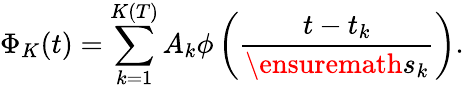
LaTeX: \Phi_{K}(t)=\sum_{k=1}^{K(T)}A_{k}\phi\left(\frac{t-t_{k}}{\ensuremath{s}_{k}}\right).